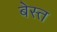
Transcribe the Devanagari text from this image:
बेस्त